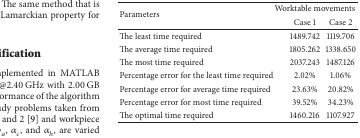
| <ROWSPAN=2> Parameters | <COLSPAN=2> Worktable movements |
 | Case 1 | Case 2 |
 | --- | --- | --- |
 | The least time required | 1489.742 | 1119.706 |
 | The average time required | 1805.262 | 1338.650 |
 | The most time required | 2037.243 | 1487.126 |
 | Percentage error for the least time required | 2.02% | 1.06% |
 | Percentage error for average time required | 23.63% | 20.82% |
 | Percentage error for most time required | 39.52% | 34.23% |
 | The optimal time required | 1460.216 | 1107.927 |